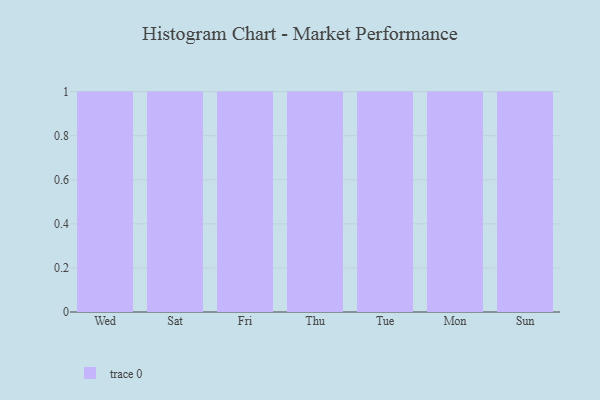
{"axis": {"x": "Day", "y": "Gross Profit (USD K)"}, "legend": [""], "data": [{"x": "Wed", "y": 71, "type": ""}, {"x": "Sat", "y": 42, "type": ""}, {"x": "Fri", "y": 99, "type": ""}, {"x": "Thu", "y": 37, "type": ""}, {"x": "Tue", "y": 64, "type": ""}, {"x": "Mon", "y": 84, "type": ""}, {"x": "Sun", "y": 25, "type": ""}]}